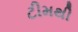
ટીમથી